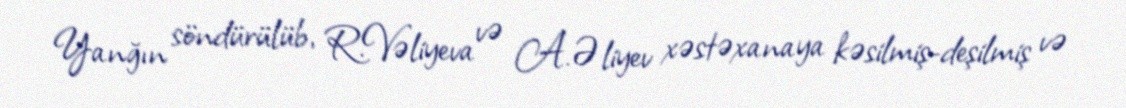
Yanğın söndürülüb, R.Vəliyeva və A.Əliyev xəstəxanaya kəsilmiş-deşilmiş və